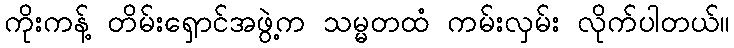
ကိုးကန့် တိမ်းရှောင်အဖွဲ့က သမ္မတထံ ကမ်းလှမ်း လိုက်ပါတယ်။